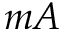
m A